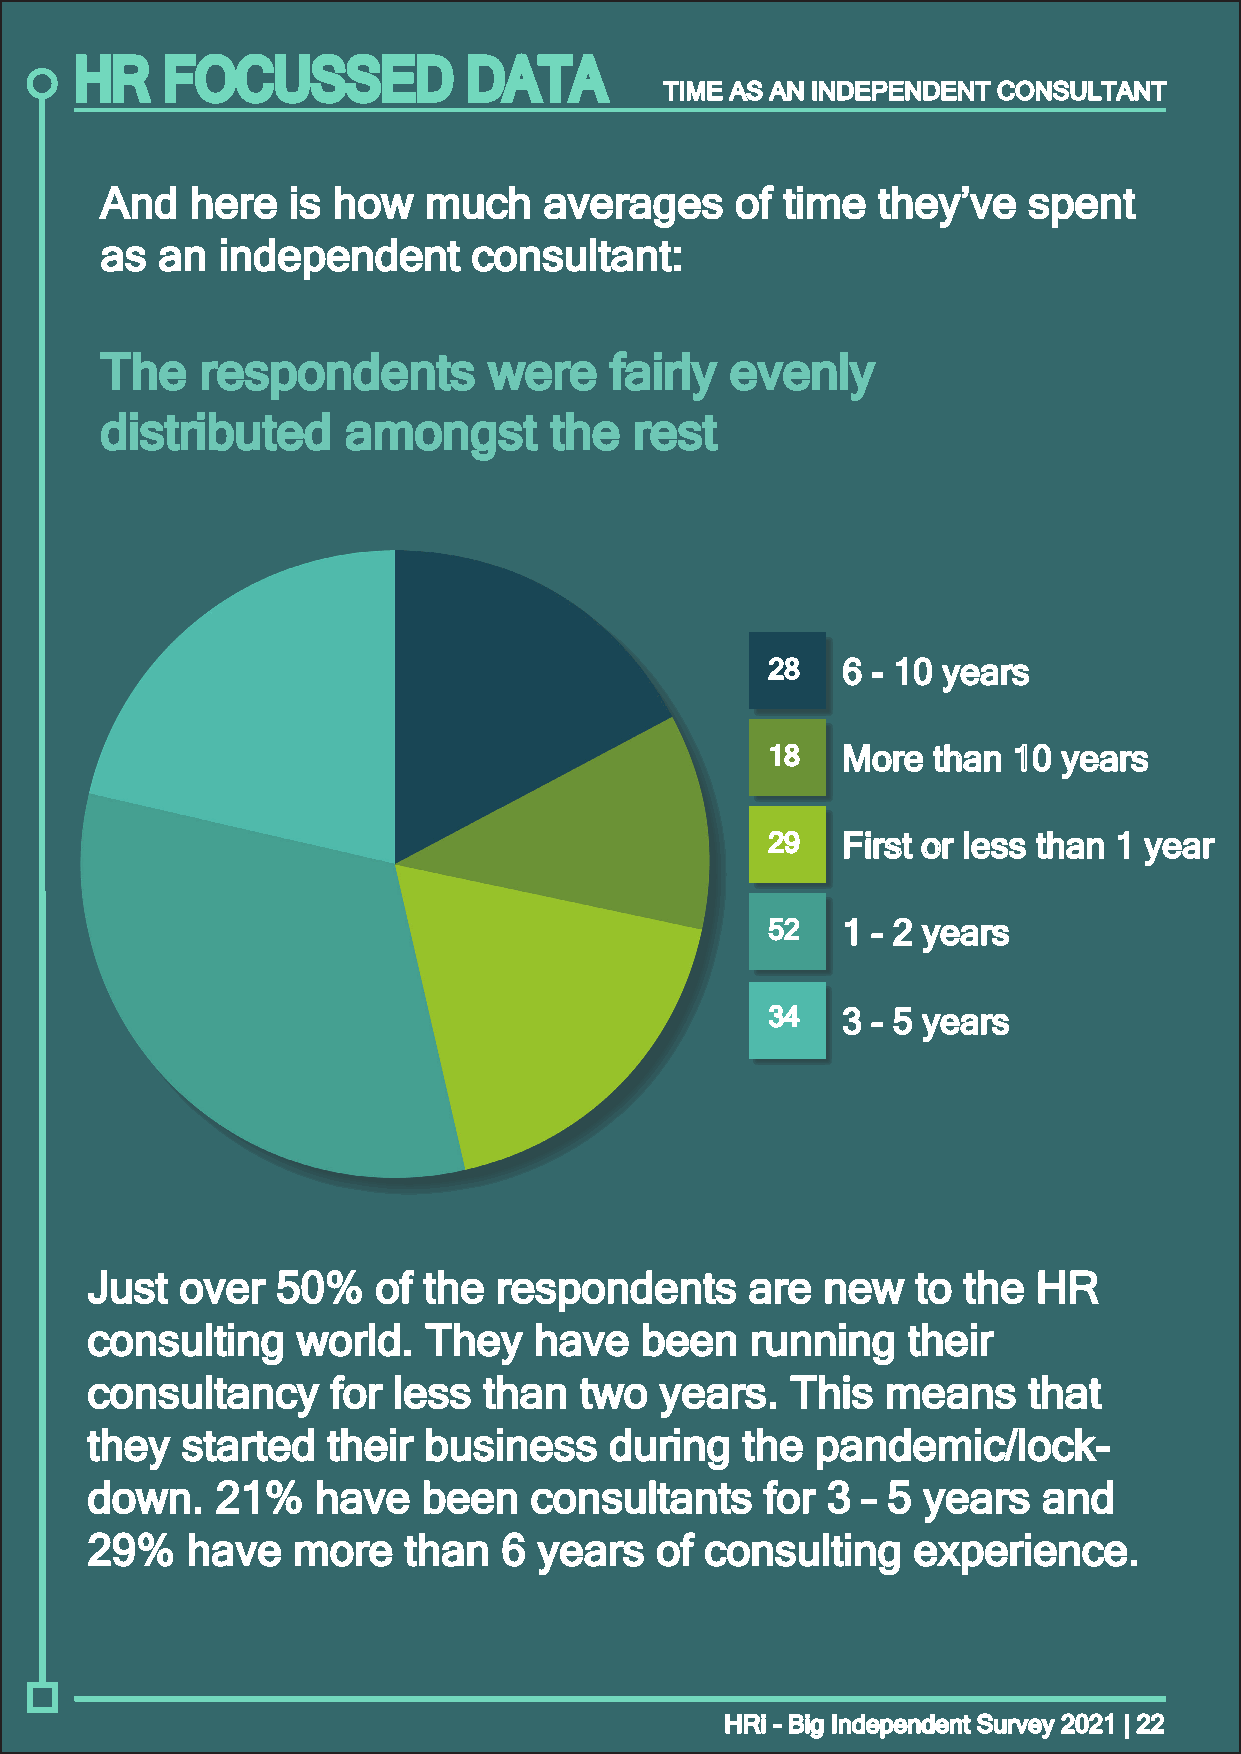
HR    FOCUSSED            DATA
 TTIIMMEE AASS AANN IINNDDEEPPEENNDDEENNTT CCOONNSSUULLTTAANNTT
 AAnndd hheerree iiss hhooww mmuucchh aavveerraaggeess ooff ttiimmee tthheeyy’’vvee ssppeenntt
 aass aann iinnddeeppeennddeenntt ccoonnssuullttaanntt::
 TThhee rreessppoonnddeennttss wweerree ffaaiirrllyy eevveennllyy
 ddiissttrriibbuutteedd aammoonnggsstt tthhee rreesstt
 2288 66 -- 1100 yyeeaarrss
 1188 MMoorree tthhaann 1100 yyeeaarrss
 2299 FFiirrsstt oorr lleessss tthhaann 11 yyeeaarr
 5522 11 -- 22 yyeeaarrss
 3344 33 -- 55 yyeeaarrss
 JJuusstt oovveerr 5500%% ooff tthhee rreessppoonnddeennttss aarree nneeww ttoo tthhee HHRR
 ccoonnssuullttiinngg wwoorrlldd.. TThheeyy hhaavvee bbeeeenn rruunnnniinngg tthheeiirr
 ccoonnssuullttaannccyy ffoorr lleessss tthhaann ttwwoo yyeeaarrss.. TThhiiss mmeeaannss tthhaatt
 tthheeyy ssttaarrtteedd tthheeiirr bbuussiinneessss dduurriinngg tthhee ppaannddeemmiicc//lloocckk--
 ddoowwnn.. 2211%% hhaavvee bbeeeenn ccoonnssuullttaannttss ffoorr 33 –– 55 yyeeaarrss aanndd
 2299%% hhaavvee mmoorree tthhaann 66 yyeeaarrss ooff ccoonnssuullttiinngg eexxppeerriieennccee..
 HHRRii -- BBiigg IInnddeeppeennddeenntt SSuurrvveeyy 22002211 || 2222